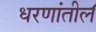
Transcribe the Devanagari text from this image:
धरणांतील